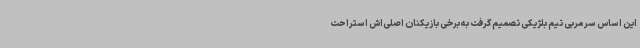
این اساس سرمربی تیم بلژیکی تصمیم گرفت به برخی بازیکنان اصلی‌اش استراحت